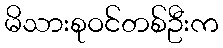
မိသားစုဝင်တစ်ဦးက